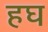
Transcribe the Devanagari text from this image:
हघ